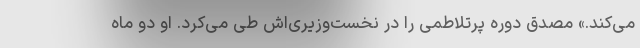
می‌کند.» مصدق دوره پرتلاطمی را در نخست‌وزیری‌اش طی می‌کرد. او دو ماه